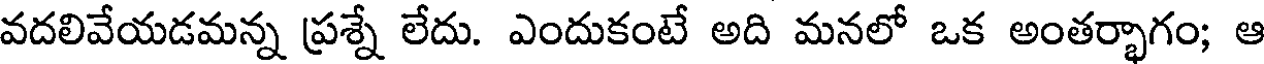
వదలివేయడమన్న ప్రశ్నే లేదు. ఎందుకంటే అది మనలో ఒక అంతర్భాగం; ఆ